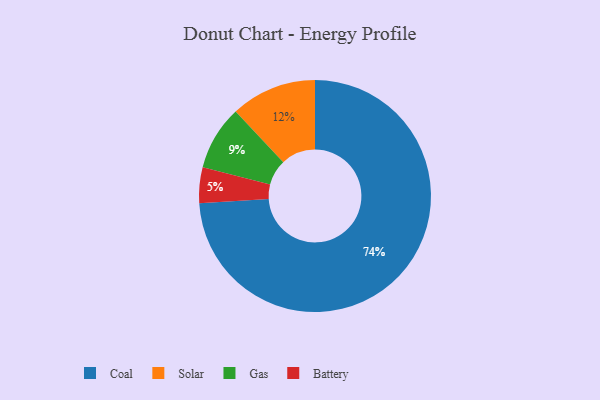
{"axis": {"x": "Category", "y": "Percentage"}, "legend": ["Battery", "Coal", "Gas", "Solar"], "data": [{"x": "Gas", "y": 9, "type": "Gas"}, {"x": "Coal", "y": 74, "type": "Coal"}, {"x": "Battery", "y": 5, "type": "Battery"}, {"x": "Solar", "y": 12, "type": "Solar"}]}